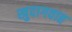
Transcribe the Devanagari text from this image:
खुदागवाह